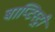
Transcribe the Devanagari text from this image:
बाप्टिस्ट्री